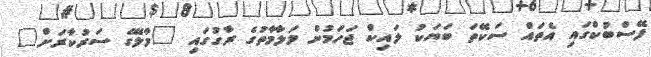
ފޭސްބުކްގައި އެތައް ސަކޭތަ ބަޔަކު ލައިކް ޖަހަމުން މަލާމާތުގެ ރާގުގައި "މާލޭގެ ސަރުކާރަށް"